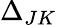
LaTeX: \Delta_{JK}